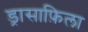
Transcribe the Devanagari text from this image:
ड्रासाफ़िला